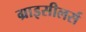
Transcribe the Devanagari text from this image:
ग्राइसीलर्स